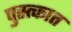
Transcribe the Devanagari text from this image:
पुस्त्कात